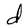
Character: d